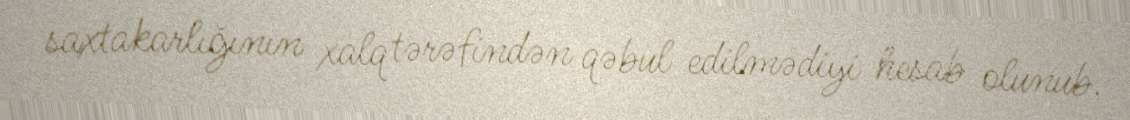
saxtakarlığının xalq tərəfindən qəbul edilmədiyi hesab olunub.